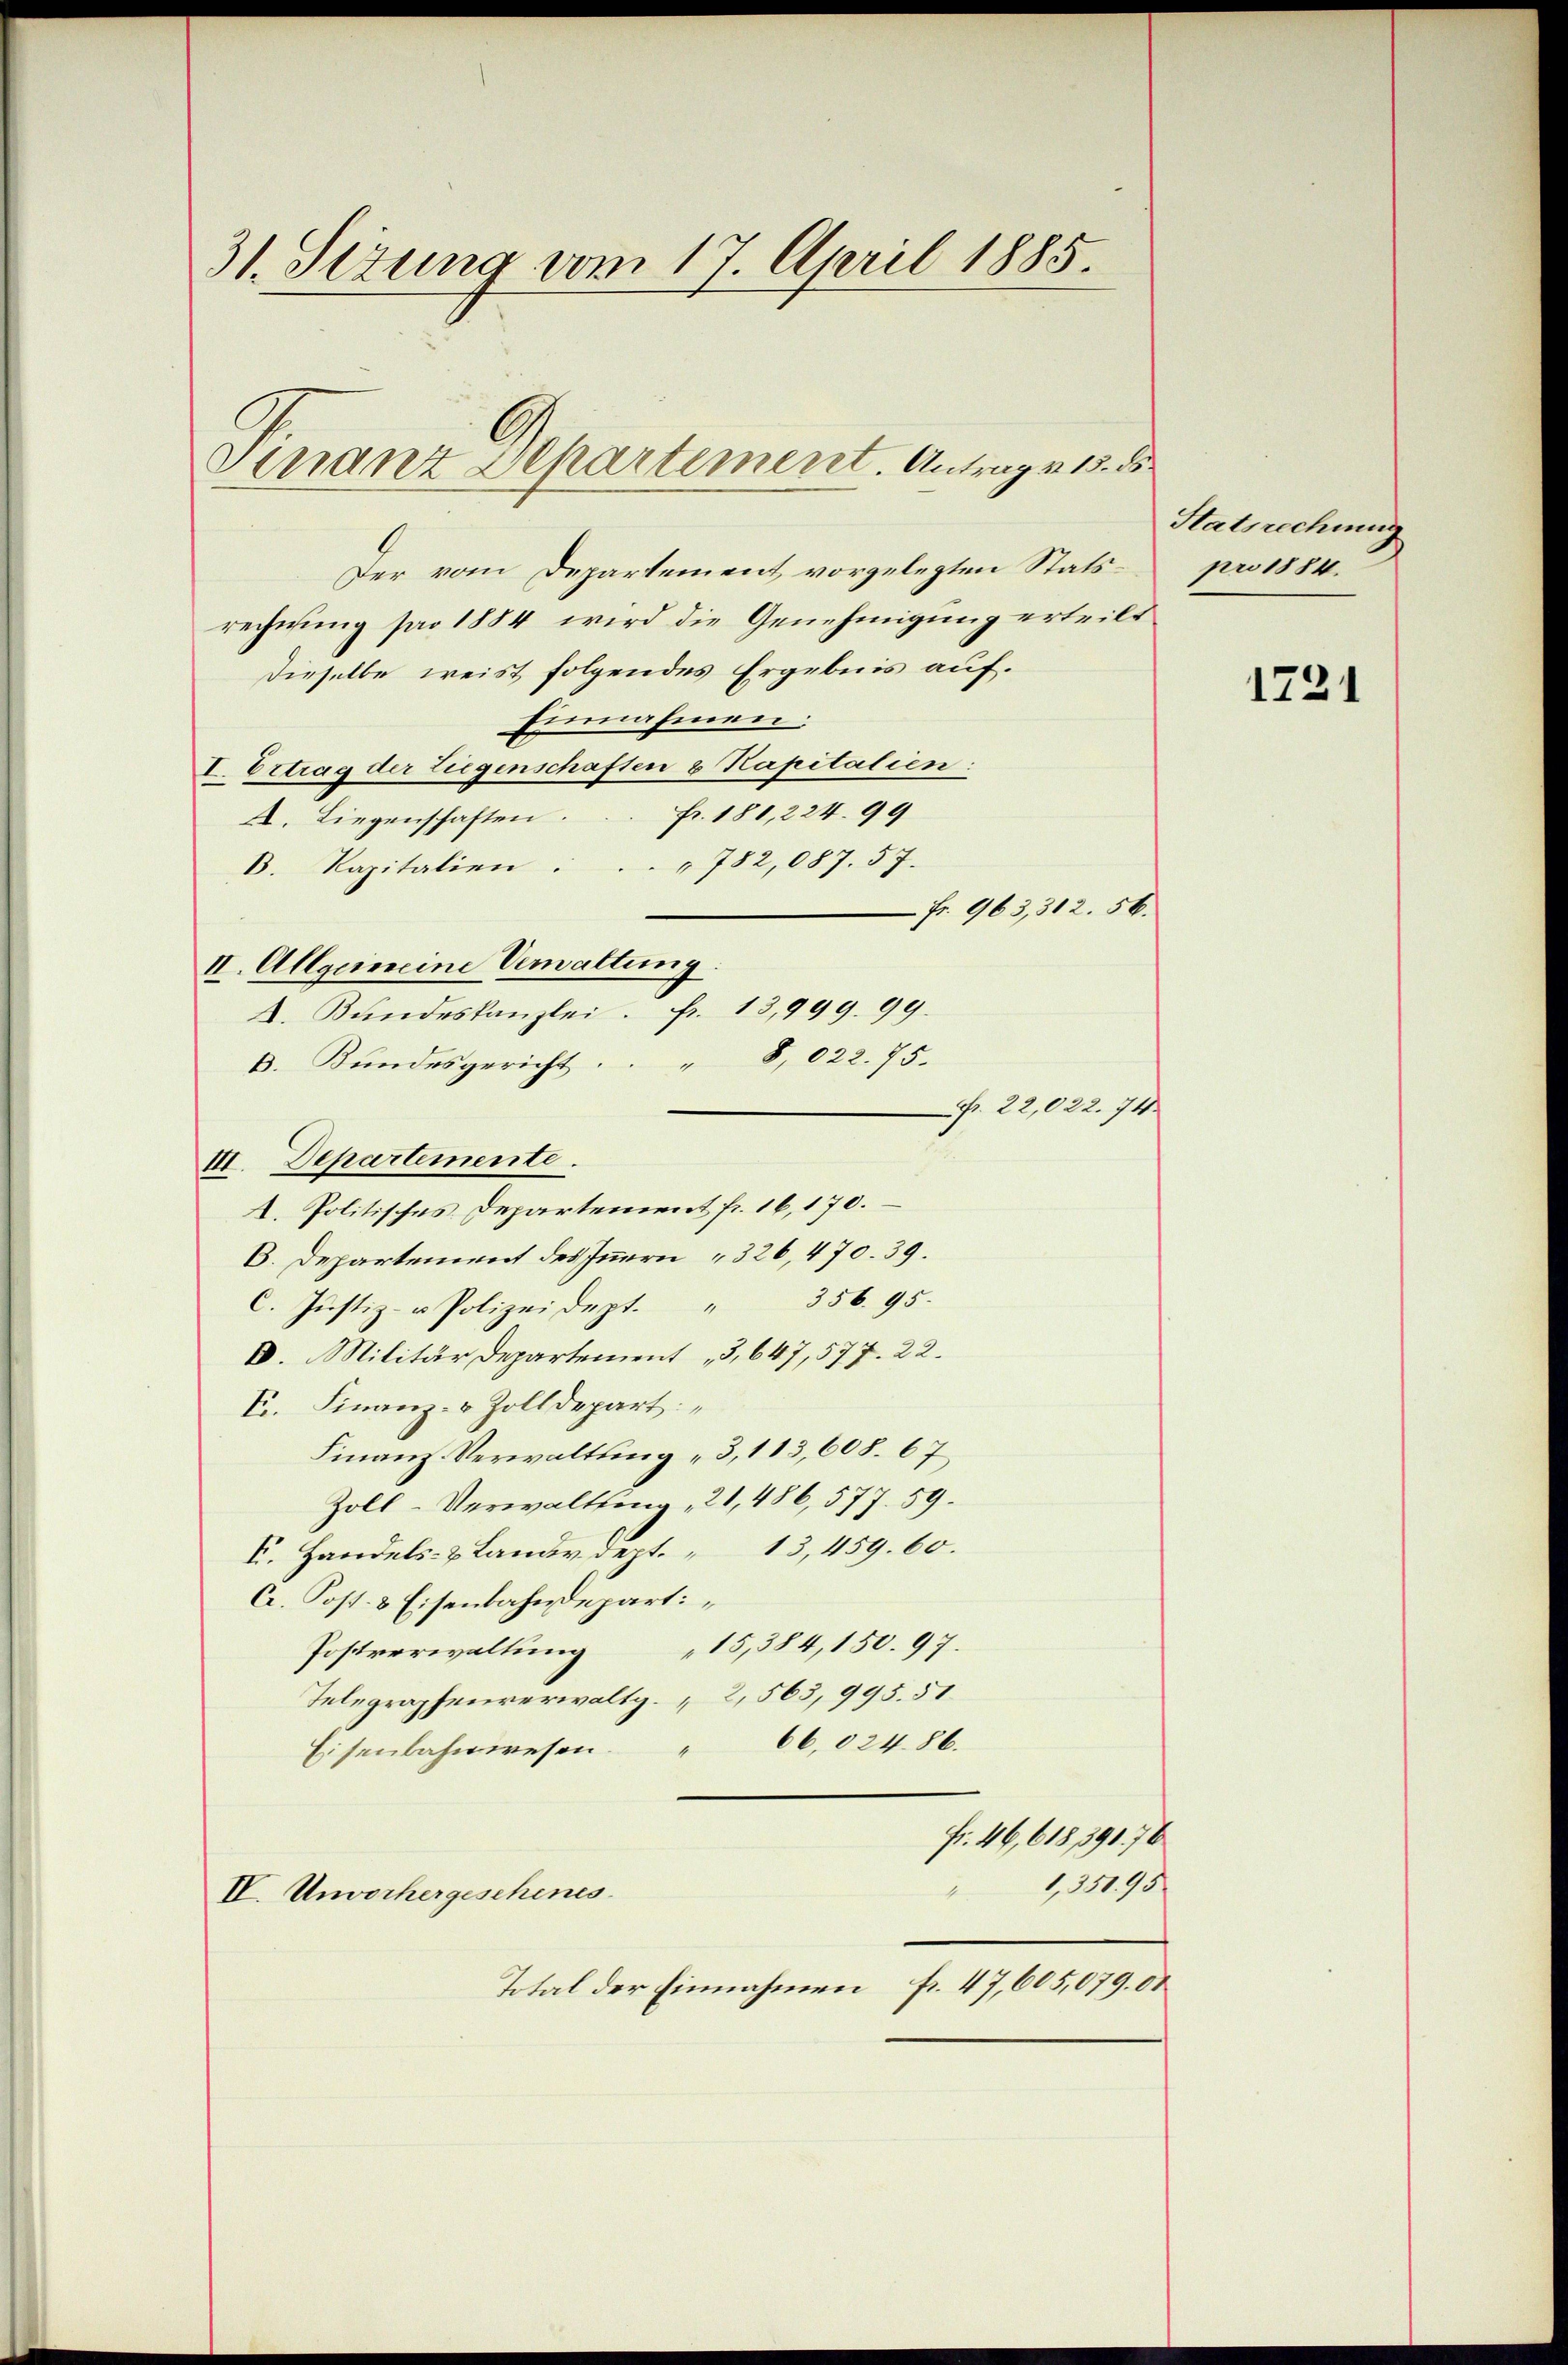
31. Sezung vom 17. April 1885.

Der vom Departement vorgelegten Statsrechnung pro 1884 wird die Genehmigung erteilt
Dieselbe weist folgendes Ergebnis auf.
Einnahmen.
I. Ertrag der Liegenschaften 8 Kapitalien:
A. Liegenschaften. Fr. 180, 224. 99
" 782,087. 57.
B. Kapitalien
 Fr. 963, 312. 56.
II. Allgemeine Vemaltung
A. Bŭndeskanzlei. Fr. 13,999. 99.
k. Bundesgericht. " 8,022. 75.
Nr. 22,022. 74
III. Departemente.
A. Politisches Departement fr. 16, 170.
6. Departement des Innern " 326, 470. 39.
356. 95.
C. Justiz- u Polizeidept.
D. Militär Departement „3,647,577. 22.
E. Finanz- & Zolldepart
Finanz-Verwaltung „3,113,608. 67
Zoll-Verwaltsang, 21, 486, 577. 59.
E. Handels- & Lande dept. 13,459. 60.
C. Post- & Eisenbahndepart:
15,384,150. 97.
Postverwaltung
Telegraphenverwaltg. 2, 563, 995. 51.
Eisenbahnwesen. " 66,02486.
Fr. 46, 618,391. 76
1,35195
IV. Unvorhergeschenes.
Total der Einnahmen fr. 47,605,079. 00

Sinanz Separtement. Antrag v. 15. ds

Statsrechnung
pro 1884.

1721